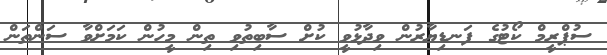
ސުޕްރީމް ކޯޓުގެ ފަނޑިޔާރުން ވިދާޅުވީ ކުށް ސާބިތުވި ތިން މީހުން ކަމަށްވާ ސަންތަން